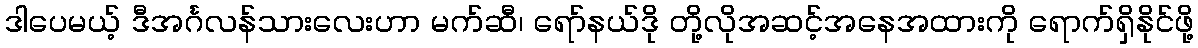
ဒါပေမယ့် ဒီအင်္ဂလန်သားလေးဟာ မက်ဆီ၊ ရော်နယ်ဒို တို့လိုအဆင့်အနေအထားကို ရောက်ရှိနိုင်ဖို့